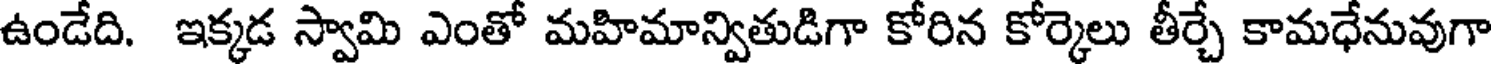
ఉండేది. ఇక్కడ స్వామి ఎంతో మహిమాన్వితుడిగా కోరిన కోర్కెలు తీర్చే కామధేనువుగా